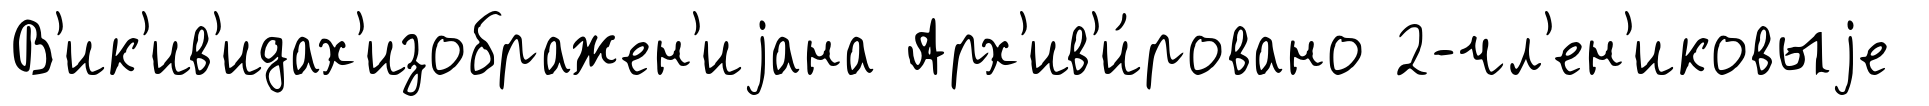
В'ик'ив'идах'изображен'иjана Арх'ив'и́ровано 2-чл'ен'иковыjе